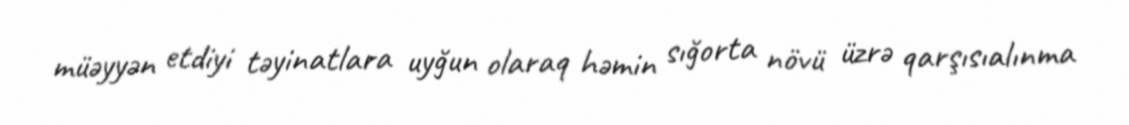
müəyyən etdiyi təyinatlara uyğun olaraq həmin sığorta növü üzrə qarşısıalınma